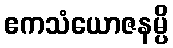
ဧကသံယောဇနမ္ပိ